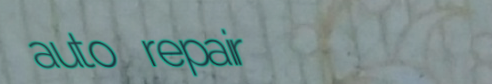
auto repair